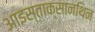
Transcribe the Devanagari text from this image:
आइस्ताक्सानथिन